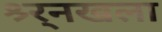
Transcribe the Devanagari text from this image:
श्र्र्नखला